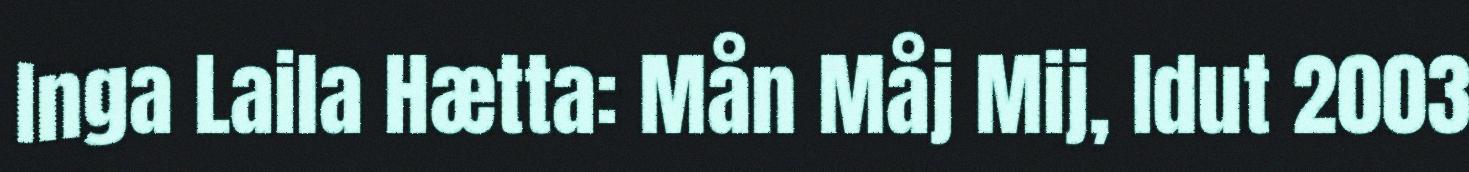
Inga Laila Hætta: Mån Måj Mij, Idut 2003